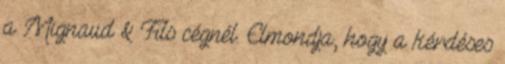
a Mignaud & Fils cégnél. Elmondja, hogy a kérdéses